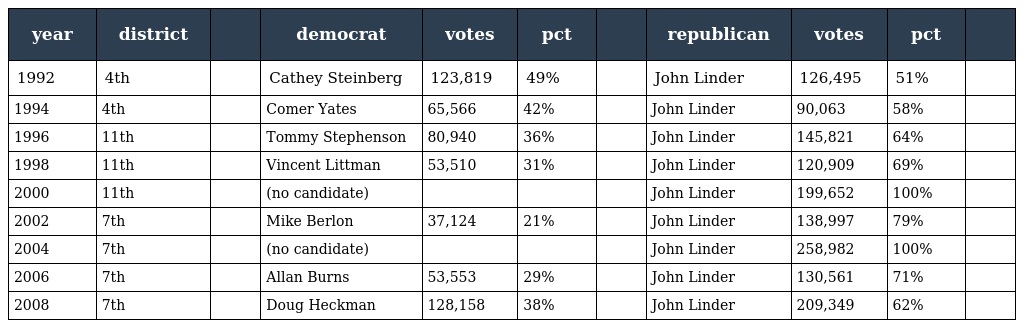
| year | district |  | democrat | votes | pct |  | republican | votes | pct |  |
 | --- | --- | --- | --- | --- | --- | --- | --- | --- | --- | --- |
 | 1992 | 4th |  | Cathey Steinberg | 123,819 | 49% |  | John Linder | 126,495 | 51% |  |
 | 1994 | 4th |  | Comer Yates | 65,566 | 42% |  | John Linder | 90,063 | 58% |  |
 | 1996 | 11th |  | Tommy Stephenson | 80,940 | 36% |  | John Linder | 145,821 | 64% |  |
 | 1998 | 11th |  | Vincent Littman | 53,510 | 31% |  | John Linder | 120,909 | 69% |  |
 | 2000 | 11th |  | (no candidate) |  |  |  | John Linder | 199,652 | 100% |  |
 | 2002 | 7th |  | Mike Berlon | 37,124 | 21% |  | John Linder | 138,997 | 79% |  |
 | 2004 | 7th |  | (no candidate) |  |  |  | John Linder | 258,982 | 100% |  |
 | 2006 | 7th |  | Allan Burns | 53,553 | 29% |  | John Linder | 130,561 | 71% |  |
 | 2008 | 7th |  | Doug Heckman | 128,158 | 38% |  | John Linder | 209,349 | 62% |  |